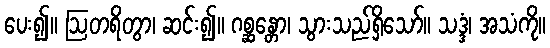
ပေး၍။ ဩတရိတွာ၊ ဆင်း၍။ ဂစ္ဆန္တော၊ သွားသည်ရှိသော်။ သဒ္ဒံ၊ အသံကို။